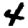
Digit: 4